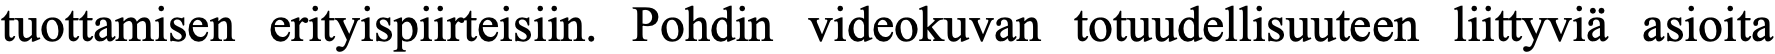
tuottamisen erityispiirteisiin. Pohdin videokuvan totuudellisuuteen liittyviä asioita